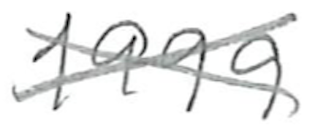
Text: 1999
Cross-out: cross
Writing tool: pencil